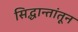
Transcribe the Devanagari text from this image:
सिद्धान्तांतून